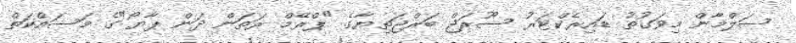
ސަލްމާން މިވަގުތު ޑައިރެކްޓަރު ސޫރަޖް ބަރްޖަތިޔާގެ "ޕްރޭމް ރަތަން ދަން ޕާޔޯ"ގެ މަސައްކަތް